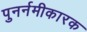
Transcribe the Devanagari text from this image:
पुनर्नमीकारक